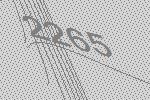
2265